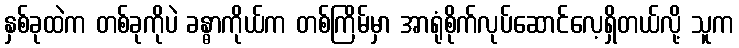
နှစ်ခုထဲက တစ်ခုကိုပဲ ခန္ဓာကိုယ်က တစ်ကြိမ်မှာ အာရုံစိုက်လုပ်ဆောင်လေ့ရှိတယ်လို့ သူက